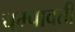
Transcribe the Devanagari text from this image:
चम्पावती